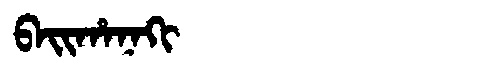
Manchu: ᠪᠠᡳᡥᠠᠨᠠᡴᡳ
Romanization: BAIHANAKI